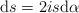
LaTeX: \begin{align*}{\rm d}s=2is{\rm d}\alpha\end{align*}